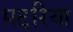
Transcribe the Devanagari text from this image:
मदरिया